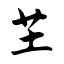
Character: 芏